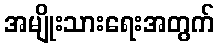
အမျိုးသားရေးအတွက်